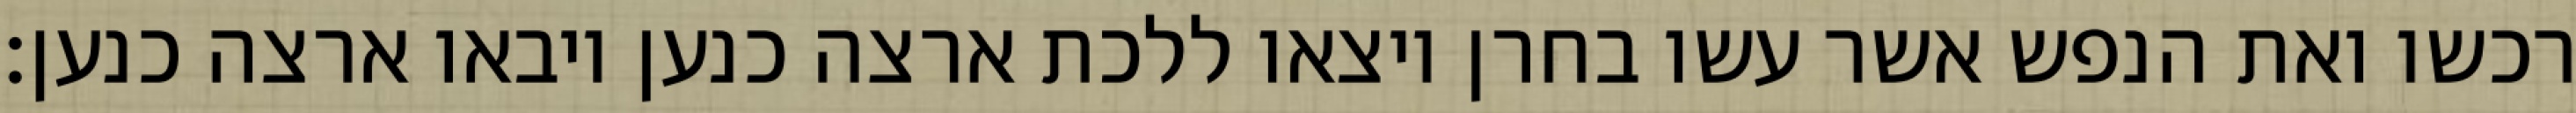
רכשו ואת הנפש אשר עשו בחרן ויצאו ללכת ארצה כנען ויבאו ארצה כנען׃